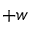
+ w